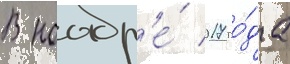
В ноабр'е́ 2017 го́да